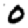
Digit: 0